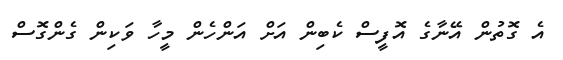
އެ ގޮތުން އޭނާގެ އޮފީސް ކެބިން އަށް އަންހެން މީހާ ވަކިން ގެންގޮސް